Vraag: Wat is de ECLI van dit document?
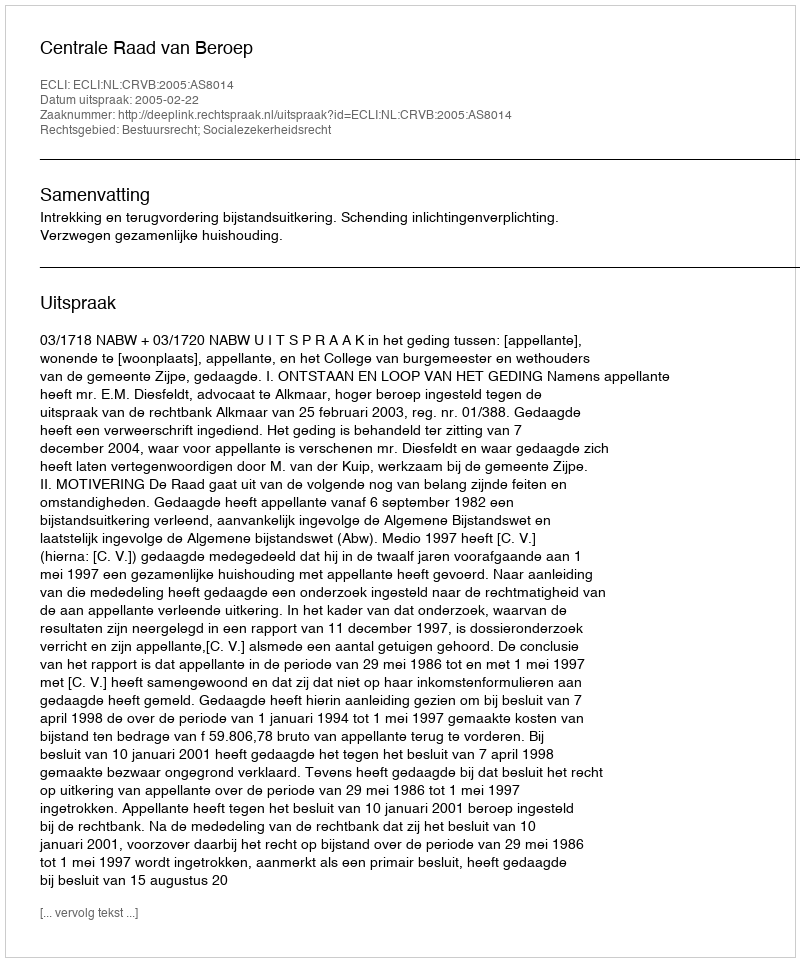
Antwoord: ECLI:NL:CRVB:2005:AS8014